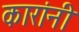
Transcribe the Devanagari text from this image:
कारांनी